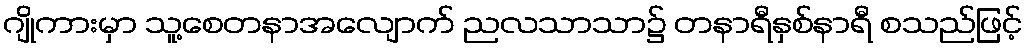
ဂျိုကားမှာ သူ့စေတနာအလျောက် ညလသာသာ၌ တနာရီနှစ်နာရီ စသည်ဖြင့်